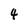
Character: 4